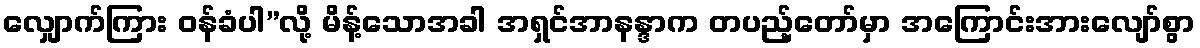
လျှောက်ကြား ဝန်ခံပါ”လို့ မိန့်သောအခါ အရှင်အာနန္ဒာက တပည့်တော်မှာ အကြောင်းအားလျော်စွာ